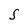
Character: S